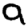
Digit: 9